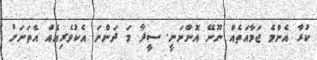
ކުރާ އެންމެ ޖަމާއަތެއް ނޫނޭ އޮންނަނީ. ސީދާ މަ ދަންނަ އެކުވެރިއެއް އެތަނަށް